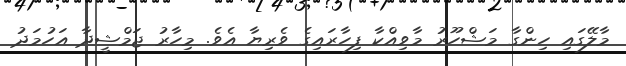
މާލޭގައި ހިންގާ މަޝްހޫރު މާވިއްކާ ފިހާރައިގެ ވެރިޔާ އެވެ. މިހާރު ޖަމްޝީދާ އަހުމަދު